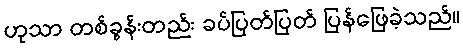
ဟုသာ တစ်ခွန်းတည်း ခပ်ပြတ်ပြတ် ပြန်ဖြေခဲ့သည်။